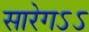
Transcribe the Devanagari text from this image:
सारेगऽऽ